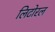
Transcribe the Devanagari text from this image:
लिटोरल